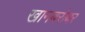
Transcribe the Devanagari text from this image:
खानबरोबर